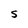
Character: S